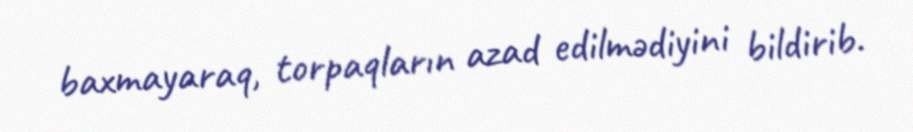
baxmayaraq, torpaqların azad edilmədiyini bildirib.